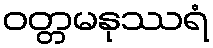
ဝတ္တမနုဿရံ